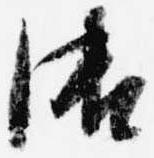
御